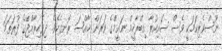
ނޫސްވެރިކަމަކީ ވެސް ސައިކުރާ އިބްރާހީމް ނަޢީމްގެ ވަރަށް ޚާއްޞަ ރޮނގެކެވެ. ދިވެހިރާއްޖޭގެ ފުރަތަމަ